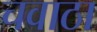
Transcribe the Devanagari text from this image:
चवाठा